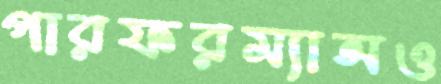
পারফরম্যান্সও